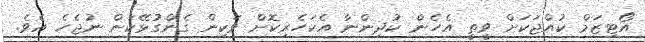
އޯޓިޒަމް ކުއްޖަކަށް ވީތީ އެހެން ކުދިންނާ އެކަހެރިކޮށް ވަކިން ގެންގުޅޭކަން ނުޖެހެ އެވެ.